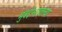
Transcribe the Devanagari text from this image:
मुंबईभरातल्या